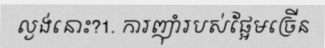
ល្ងង់នោះ?1. ការញ៉ាំរបស់ផ្អែមច្រើន